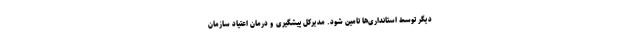
دیگر توسط استانداری‌ها تامین شود. مدیرکل پیشگیری و درمان اعتیاد سازمان